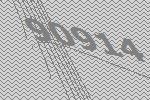
90914